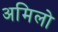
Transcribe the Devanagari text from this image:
अमिलो